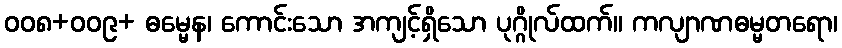
ဝဝ၈+ဝဝ၉+ ဓမ္မေန၊ ကောင်းသော အကျင့်ရှိသော ပုဂ္ဂိုလ်ထက်။ ကလျာဏဓမ္မတရော၊